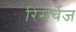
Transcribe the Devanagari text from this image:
रिसर्चेज